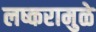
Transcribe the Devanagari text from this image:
लष्करामुळे